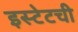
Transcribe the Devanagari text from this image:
इस्टेटची